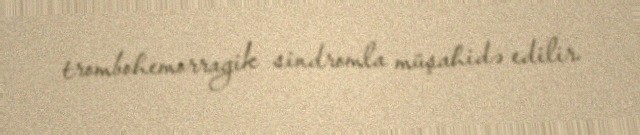
trombohemorragik sindromla müşahidə edilir.